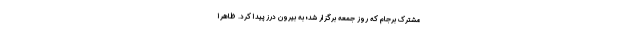
مشترک برجام که روز جمعه برگزار شد؛ به بیرون درز پیدا کرد. ظاهراً